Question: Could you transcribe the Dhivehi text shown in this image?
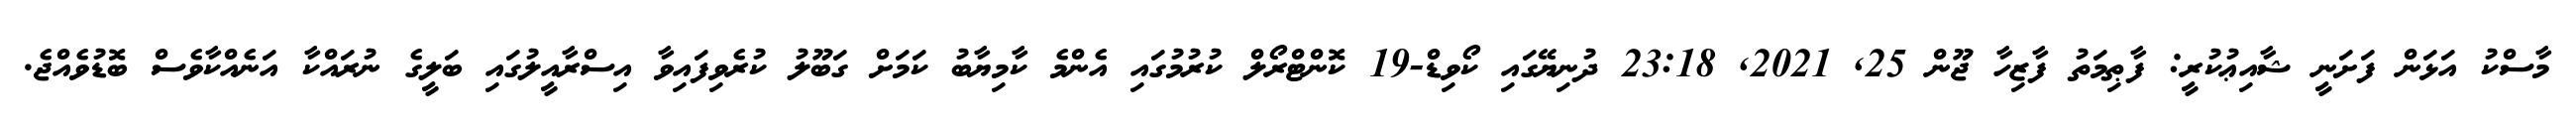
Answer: މާސްކު އަޅަން ފަށަނީ ޝާއިޢުކުރީ: ފާޠިމަތު ފާޒިހާ ޖޫން 25, 2021, 23:18 ދުނިޔޭގައި ކޯވިޑް-19 ކޮންޓްރޯލް ކުރުމުގައި އެންމެ ކާމިޔާބު ކަމަށް ގަބޫލު ކުރެވިފައިވާ އިސްރާއީލުގައި ބަލީގެ ނުރައްކާ އަނެއްކާވެސް ބޮޑުވެއްޖެ.